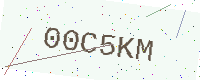
Text: 00C5KM